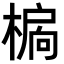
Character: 𣗉